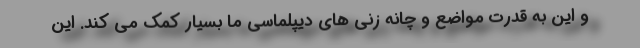
و این به قدرت مواضع و چانه زنی های دیپلماسی ما بسیار کمک می کند. این